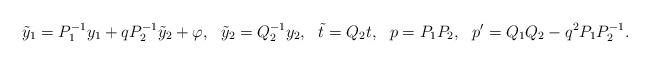
LaTeX: \begin{align*}\tilde y_1 = { {P}_1^{-1} } y_1 + {q P_2^{-1} } \tilde y_2 + \varphi ,\ \ \tilde y_2 = { {Q} _2^{-1} } y_2, \ \ \tilde t = Q_2 t , \ \ p= {P} _1 {P} _2, \ \ p'={Q} _1 { Q} _2 - q^2 {P_1 P_2^{-1} }.\end{align*}